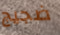
ضجيج